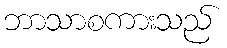
ဘာသာစကားသည်